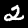
Label: 2